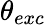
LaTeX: \theta_{exc}